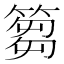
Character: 篘